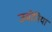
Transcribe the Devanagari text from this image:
जमोनिया